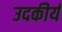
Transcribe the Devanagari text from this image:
उदकीर्य